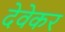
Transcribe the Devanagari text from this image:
देवेकर